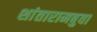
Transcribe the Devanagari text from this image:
शांतारामबुवा